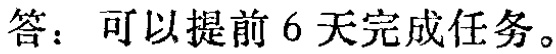
答：可以提前 6 天完成任务。